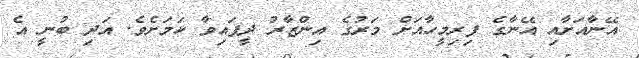
އޭނާއަށާއި އޭނާގެ ފިރިމީހާއަށް މަރުގެ އިންޒާރު ދީފައިވާ ކަމަށެވެ. އަދި ބުނީ އެ